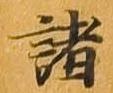
諸